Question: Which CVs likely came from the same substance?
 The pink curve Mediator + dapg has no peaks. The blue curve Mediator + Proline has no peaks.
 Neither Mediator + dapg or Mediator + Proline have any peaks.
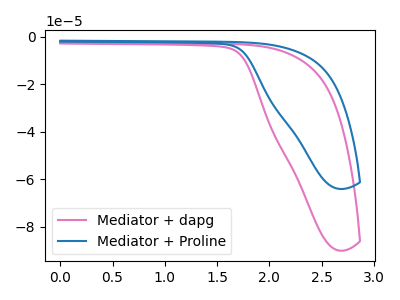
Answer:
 <answer>"Mediator + dapg" and "Mediator + Proline" have the same shape and are likely CV's of the same chemical.</answer>
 <eval>"Mediator + dapg" "Mediator + Proline"</eval>